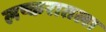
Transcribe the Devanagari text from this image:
लष्करातला